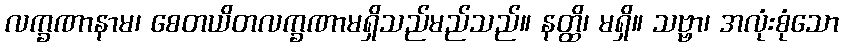
လက္ခဏာနာမ၊ စေတယိတလက္ခဏာမရှိသည်မည်သည်။ နတ္ထိ၊ မရှိ။ သဗ္ဗာ၊ အလုံးစုံသော